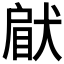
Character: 𤟵